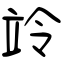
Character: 竛